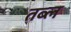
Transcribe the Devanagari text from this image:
तब्ल